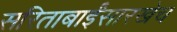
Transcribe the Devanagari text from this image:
सरिताबाईंसारखेच